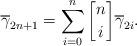
LaTeX: \begin{align*} \overline{\gamma}_{2n+1} = \sum\limits_{i=0}^n {n\brack i}\overline{\gamma}_{2i}.\end{align*}